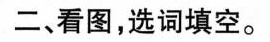
二、看图,选词填空.